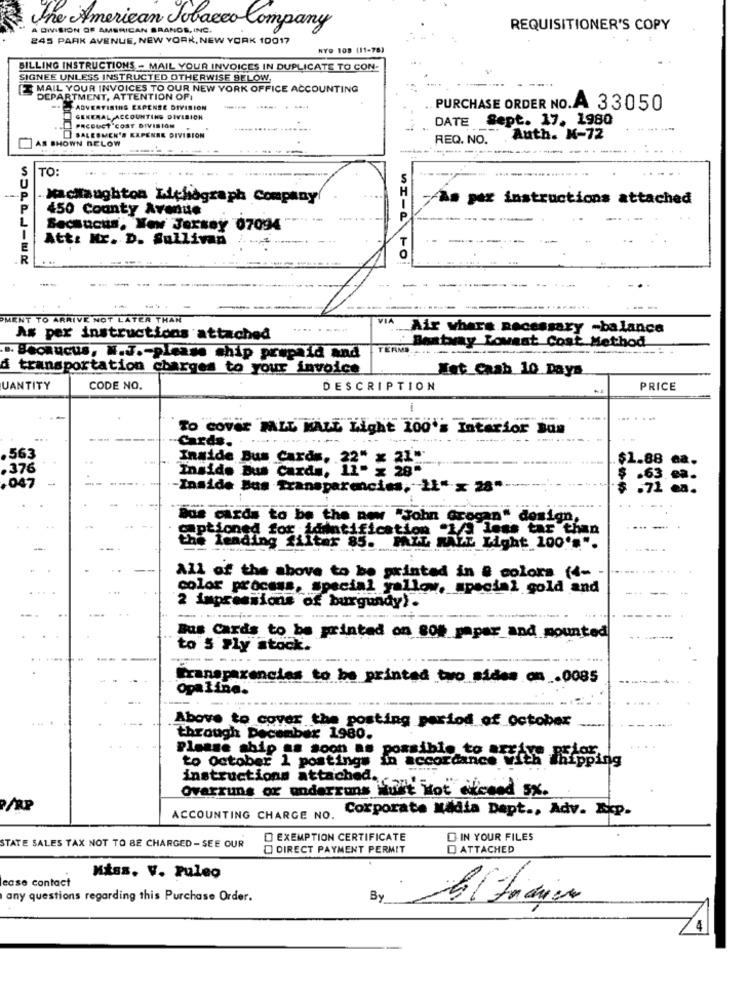
A DIVISION OF AMERICAN BRANDS, INC.
the American Tobacco Company
REQUISITIONER'S COPY
245 PARK AVENUE, NEW YORK, NEW YORK 10017
NYO 108 (11-78)
BILLING INSTRUCTIONS - MAIL YOUR INVOICES IN DUPLICATE TO CON-
SIGNEE UNLESS INSTRUCTED OTHERWISE BELOW.
MAIL YOUR INVOICES TO OUR NEW YORK OFFICE ACCOUNTING
DEPARTMENT, ATTENTION OF:
ADVERTISING EXPENSE DIVISION
PURCHASE ORDER NO.A 33050
GENERAL ACCOUNTING DIVISION
DATE Sept. 17. 1980
PRCDUCT COST DIVISION
AS SHOWN BELOW
SALESMEN'S EXPENSE DIVISION
REQ. NO.
Auth. K-72
TO:
-----
----
.Jacilaughton Lithograph Company(
per instructions attached
450 County Avenue
Secaucus, New Jersey 07094
Att: Mr. D. Sullivan
PMENT TO ARRIVE NOT LATER THAN
VIA
Air where necessary -balance
As per instructions attached
Beatamy Lowest Cost Method
TERMS.
----
Bookucus, N.J .- please chip prepaid and
transportation charges to your invoice
Eat_Cash 10 Days
UANTITY
CODE NO.
DESCRIPTION
PRICE
......
To Cover PALL MALL Light 100's Interior Ban
-Cards.
,563
Inside Bus Cards,
$1.88
.376
Inside Bus Cards, 11- = 28-
.047
Inside Bus Transparencias, IL" x 28".
.63 20.
Bus cards to be the new "John Grogan" design,
captioned for identification 1/3 less tar than
the leading filter 85. PALL MALL Light 100's".
All of the above to be printed in 8 colora (4 --
...
color process, special yallow, special gold and
2 impressions of burgundy).
-------------- --
Bus Cards to be printed on 80% paper_and mounted
to 5 Fly stock.
transparencias to be printed two sides on .0085
opaline.
Above to cover the posting period of october
through December 1980.
Please ship as soon as
to October 1 postings
in accordance With Thisping
instructions attached.
Overruns or underruns must Not cilicond sx.
ACCOUNTING CHARGE NO. Corporate Media Dapt ., Adv. Akp.
O EXEMPTION CERTIFICATE
D IN YOUR FILES
STATE SALES TAX NOT TO BE CHARGED- SEE OUR
O DIRECT PAYMENT PERMIT
ATTACHED
ease contact
Miss. V. Puleo
any questions regarding this Purchase Order.
By
4